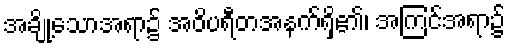
အချို့သောအရာ၌ အဝိပရီတအနက်ရှိ၏၊ အကြင်အရာ၌